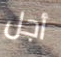
أجل